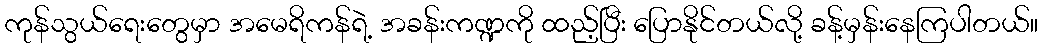
ကုန်သွယ်ရေးတွေမှာ အမေရိကန်ရဲ့ အခန်းကဏ္ဍကို ထည့်ပြီး ပြောနိုင်တယ်လို့ ခန့်မှန်းနေကြပါတယ်။